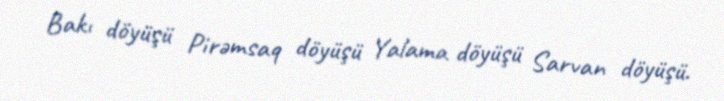
Bakı döyüşü Pirəmsaq döyüşü Yalama döyüşü Sarvan döyüşü.